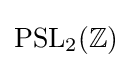
\operatorname {PSL_{2}} (\mathbb {Z} )